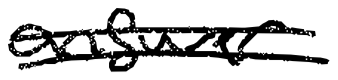
Text: answer
Cross-out: double-line
Writing tool: digital_black